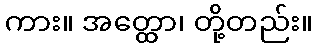
ကား။ အတ္ထော၊ တို့တည်း။